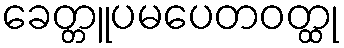
ခေတ္တူပမပေတဝတ္ထု